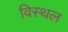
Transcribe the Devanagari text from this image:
विस्थल